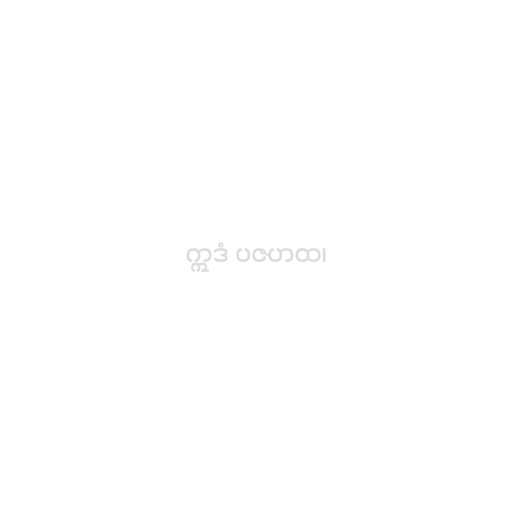
ဣဒံ ပဇဟထ၊